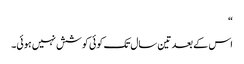
“
اس کے بعد تین سال تک کوئی کوشش نہیں ہوئی۔